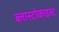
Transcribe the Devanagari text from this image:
ब्लास्टोकाइस्ट